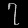
Digit: ၇